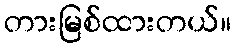
တားမြစ်ထားတယ်။